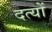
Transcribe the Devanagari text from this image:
दत्यों